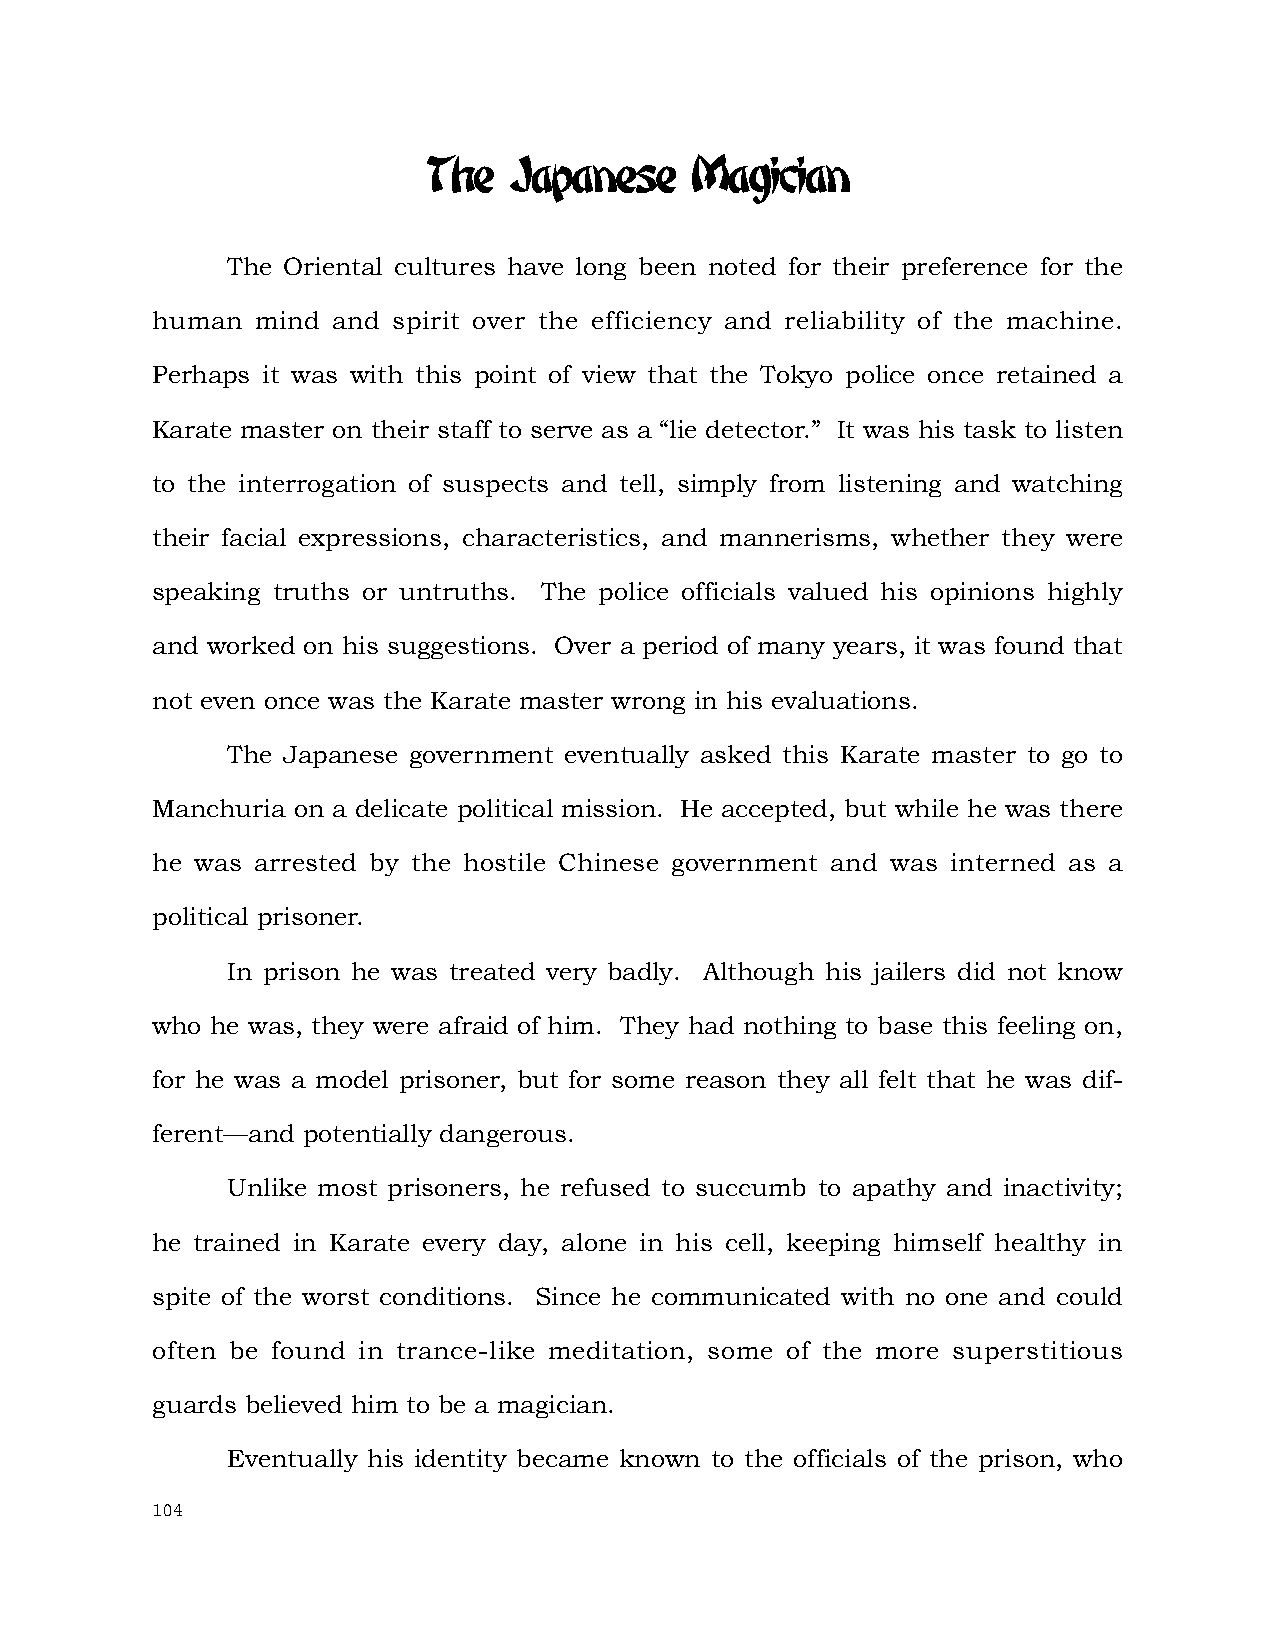
The   Japanese    Magician
 The Oriental cultures have long been noted for their preference for the
 human  mind and spirit over the efficiency and reliability of the machine.
 Perhaps it was with this point of view that the Tokyo police once retained a
 Karate master on their staff to serve as a “lie detector.” It was his task to listen
 to the interrogation of suspects and tell, simply from listening and watching
 their facial expressions, characteristics, and mannerisms, whether they were
 speaking truths or untruths. The police officials valued his opinions highly
 and worked on his suggestions. Over a period of many years, it was found that
 not even once was the Karate master wrong in his evaluations.
 The Japanese government eventually asked this Karate master to go to
 Manchuria on a delicate political mission. He accepted, but while he was there
 he was arrested by the hostile Chinese government and was interned as a
 political prisoner.
 In prison he was treated very badly. Although his jailers did not know
 who he was, they were afraid of him. They had nothing to base this feeling on,
 for he was a model prisoner, but for some reason they all felt that he was dif-
 ferent—and potentially dangerous.
 Unlike most prisoners, he refused to succumb to apathy and inactivity;
 he trained in Karate every day, alone in his cell, keeping himself healthy in
 spite of the worst conditions. Since he communicated with no one and could
 often be found in trance-like meditation, some of the more superstitious
 guards believed him to be a magician.
 Eventually his identity became known to the officials of the prison, who
 104